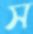
স